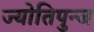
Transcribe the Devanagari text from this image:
ज्योतिपुन्ज